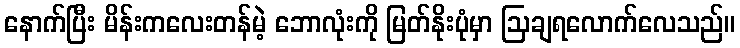
နောက်ပြီး မိန်းကလေးတန်မဲ့ ဘောလုံးကို မြတ်နိုးပုံမှာ ဩချရလောက်လေသည်။